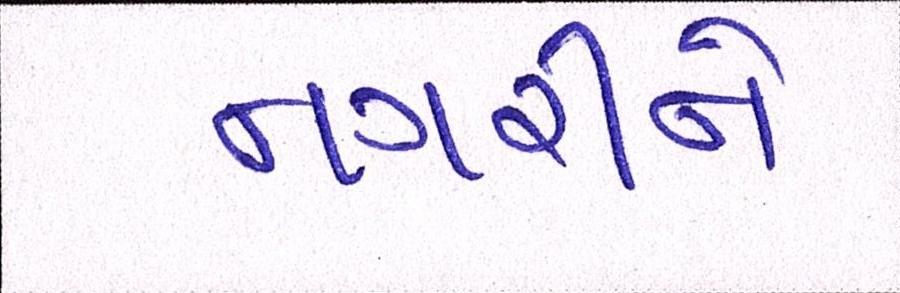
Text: નગરીને